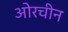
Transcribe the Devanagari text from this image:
ओरचीन